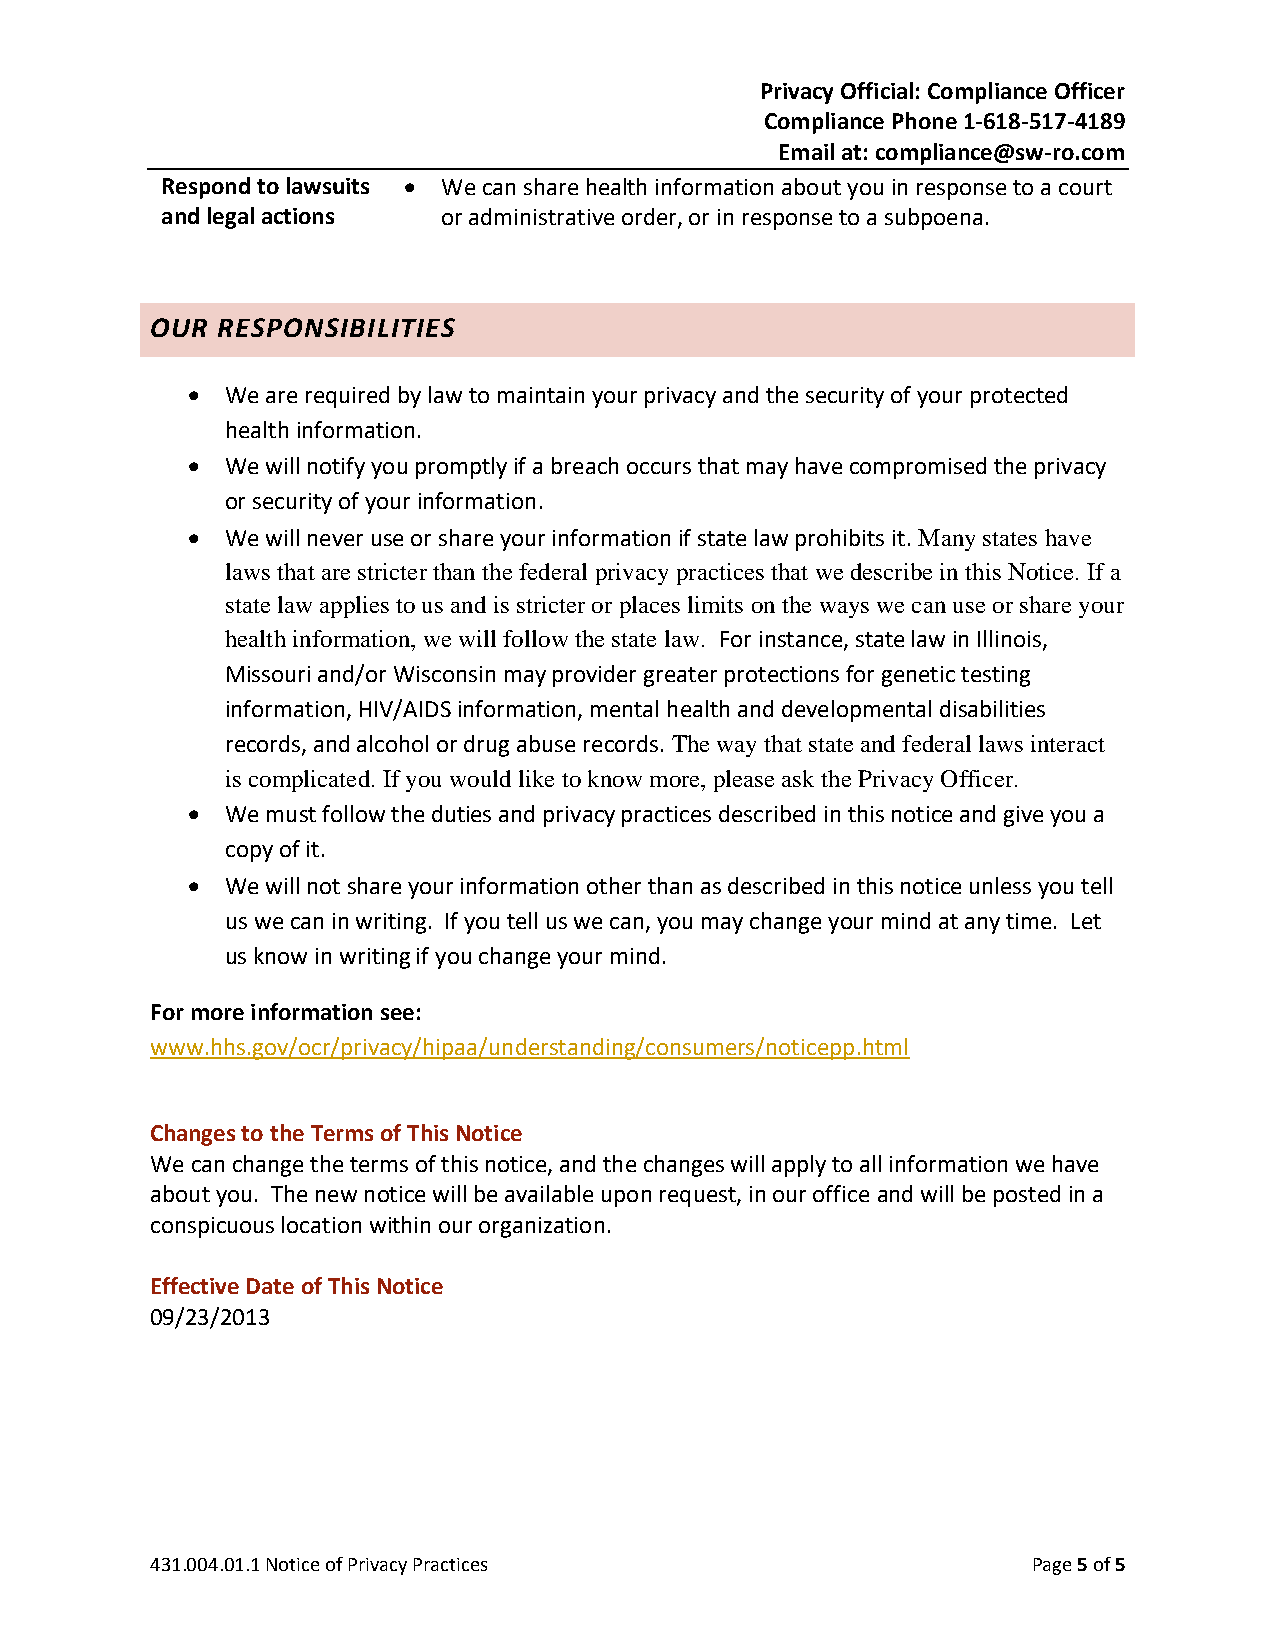
Privacy Official: Compliance Officer
 Compliance Phone 1-618-517-4189
 Email at: compliance@sw-ro.com
 Respond to lawsuits • We can share health information about you in response to a court
 and legal actions or administrative order, or in response to a subpoena.
 OUR RESPONSIBILITIES
 •  We are required by law to maintain your privacy and the security of your protected
 health information.
 •  We will notify you promptly if a breach occurs that may have compromised the privacy
 or security of your information.
 •  We will never use or share your information if state law prohibits it. Many states have
 laws that are stricter than the federal privacy practices that we describe in this Notice. If a
 state law applies to us and is stricter or places limits on the ways we can use or share your
 health information, we will follow the state law. For instance, state law in Illinois,
 Missouri and/or Wisconsin may provider greater protections for genetic testing
 information, HIV/AIDS information, mental health and developmental disabilities
 records, and alcohol or drug abuse records. The way that state and federal laws interact
 is complicated. If you would like to know more, please ask the Privacy Officer.
 •  We must follow the duties and privacy practices described in this notice and give you a
 copy of it.
 •  We will not share your information other than as described in this notice unless you tell
 us we can in writing. If you tell us we can, you may change your mind at any time. Let
 us know in writing if you change your mind.
 For more information see:
 www.hhs.gov/ocr/privacy/hipaa/understanding/consumers/noticepp.html
 Changes to the Terms of This Notice
 We can change the terms of this notice, and the changes will apply to all information we have
 about you. The new notice will be available upon request, in our office and will be posted in a
 conspicuous location within our organization.
 Effective Date of This Notice
 09/23/2013
 431.004.01.1 Notice of Privacy Practices                  Page 5 of 5